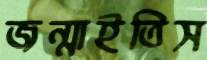
জন্মাইতিস